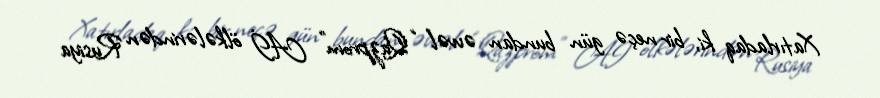
Xatırladaq ki, bir neçə gün bundan əvvəl “Qazprom” Aİ ölkələrindən Rusiya